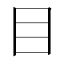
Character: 目